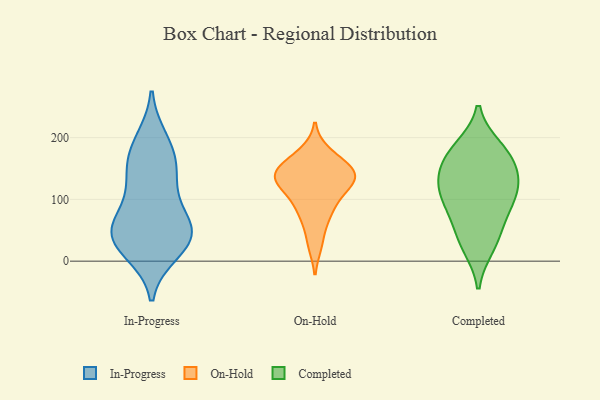
{"axis": {"x": "Revenue (USD Million)", "y": "Value"}, "legend": ["Completed", "In-Progress", "On-Hold"], "data": [{"x": "", "y": 62, "type": "In-Progress"}, {"x": "", "y": 33, "type": "In-Progress"}, {"x": "", "y": 160, "type": "In-Progress"}, {"x": "", "y": 118, "type": "In-Progress"}, {"x": "", "y": 57, "type": "In-Progress"}, {"x": "", "y": 176, "type": "In-Progress"}, {"x": "", "y": 194, "type": "In-Progress"}, {"x": "", "y": 39, "type": "In-Progress"}, {"x": "", "y": 37, "type": "In-Progress"}, {"x": "", "y": 17, "type": "In-Progress"}, {"x": "", "y": 133, "type": "In-Progress"}, {"x": "", "y": 53, "type": "In-Progress"}, {"x": "", "y": 143, "type": "On-Hold"}, {"x": "", "y": 175, "type": "On-Hold"}, {"x": "", "y": 159, "type": "On-Hold"}, {"x": "", "y": 131, "type": "On-Hold"}, {"x": "", "y": 128, "type": "On-Hold"}, {"x": "", "y": 147, "type": "On-Hold"}, {"x": "", "y": 85, "type": "On-Hold"}, {"x": "", "y": 102, "type": "On-Hold"}, {"x": "", "y": 126, "type": "On-Hold"}, {"x": "", "y": 141, "type": "On-Hold"}, {"x": "", "y": 28, "type": "On-Hold"}, {"x": "", "y": 69, "type": "On-Hold"}, {"x": "", "y": 24, "type": "Completed"}, {"x": "", "y": 105, "type": "Completed"}, {"x": "", "y": 63, "type": "Completed"}, {"x": "", "y": 183, "type": "Completed"}, {"x": "", "y": 129, "type": "Completed"}, {"x": "", "y": 139, "type": "Completed"}, {"x": "", "y": 174, "type": "Completed"}, {"x": "", "y": 95, "type": "Completed"}, {"x": "", "y": 173, "type": "Completed"}, {"x": "", "y": 140, "type": "Completed"}, {"x": "", "y": 35, "type": "Completed"}, {"x": "", "y": 100, "type": "Completed"}]}